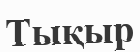
Тықыр